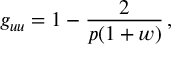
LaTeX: g _ { u u } = 1 - \frac { 2 } { p ( 1 + w ) } \, ,